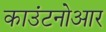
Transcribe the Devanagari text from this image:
काउंटनोआर